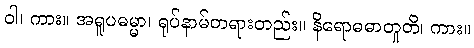
ဝါ၊ ကား။ အရူပဓမ္မာ၊ ရုပ်နာမ်တရားတည်း။ နိရောဓဓာတူတိ၊ ကား။